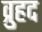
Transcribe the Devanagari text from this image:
व्रुहद